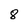
Character: 8